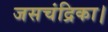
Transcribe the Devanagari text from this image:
जसचंद्रिका।